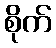
စိုက်